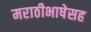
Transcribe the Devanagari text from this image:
मराठीभाषेसह